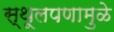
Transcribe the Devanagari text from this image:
स्थूलपणामुळे